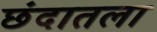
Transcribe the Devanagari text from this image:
छंदातला